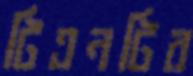
টিএনটির